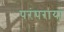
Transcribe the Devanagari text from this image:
परंपराया